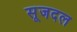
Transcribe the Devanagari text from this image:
सूजदल